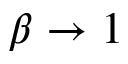
\beta \rightarrow 1